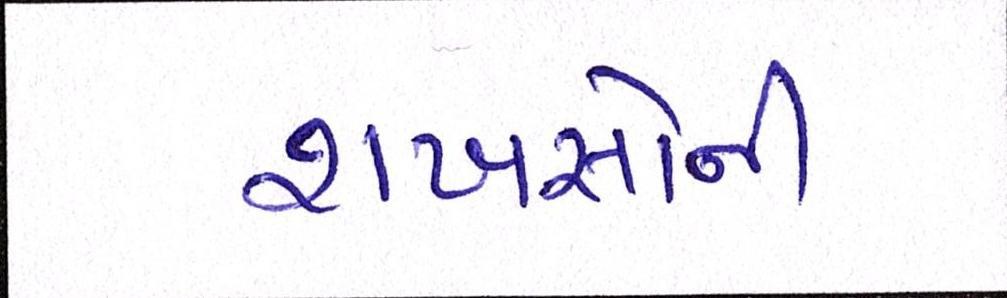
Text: શખસોની